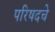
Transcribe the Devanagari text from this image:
परिषदचे